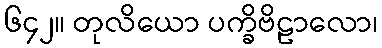
၆၄၂။ တုလိယော ပက္ခိဗိဠာလော၊